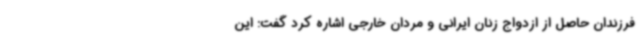
فرزندان حاصل از ازدواج زنان ایرانی و مردان خارجی اشاره کرد گفت: این